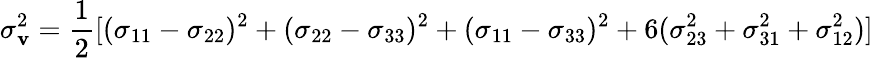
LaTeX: \sigma_{\mathbf{v}}^{2}={\frac{{1}}{{2}}}[(\sigma_{11}-\sigma_{22})^{2}+(\sigma_{22}-\sigma_{33})^{2}+(\sigma_{11}-\sigma_{33})^{2}+6(\sigma_{23}^{2}+\sigma_{31}^{2}+\sigma_{12}^{2})]